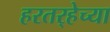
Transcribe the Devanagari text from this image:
हरतर्‍हेच्या